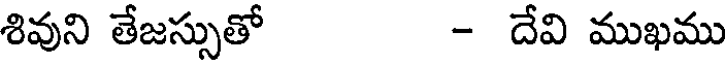
శివుని తేజస్సుతో - దేవి ముఖము